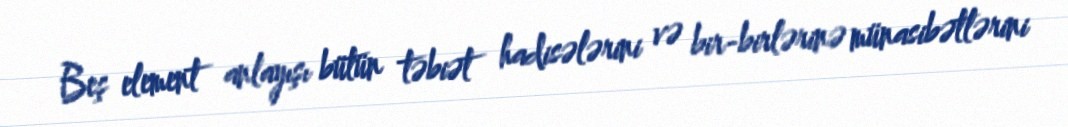
Beş element anlayışı bütün təbiət hadisələrini və bir-birlərinə münasibətlərini